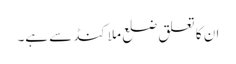
ان کا تعلق ضلع ملاکنڈ سے ہے۔